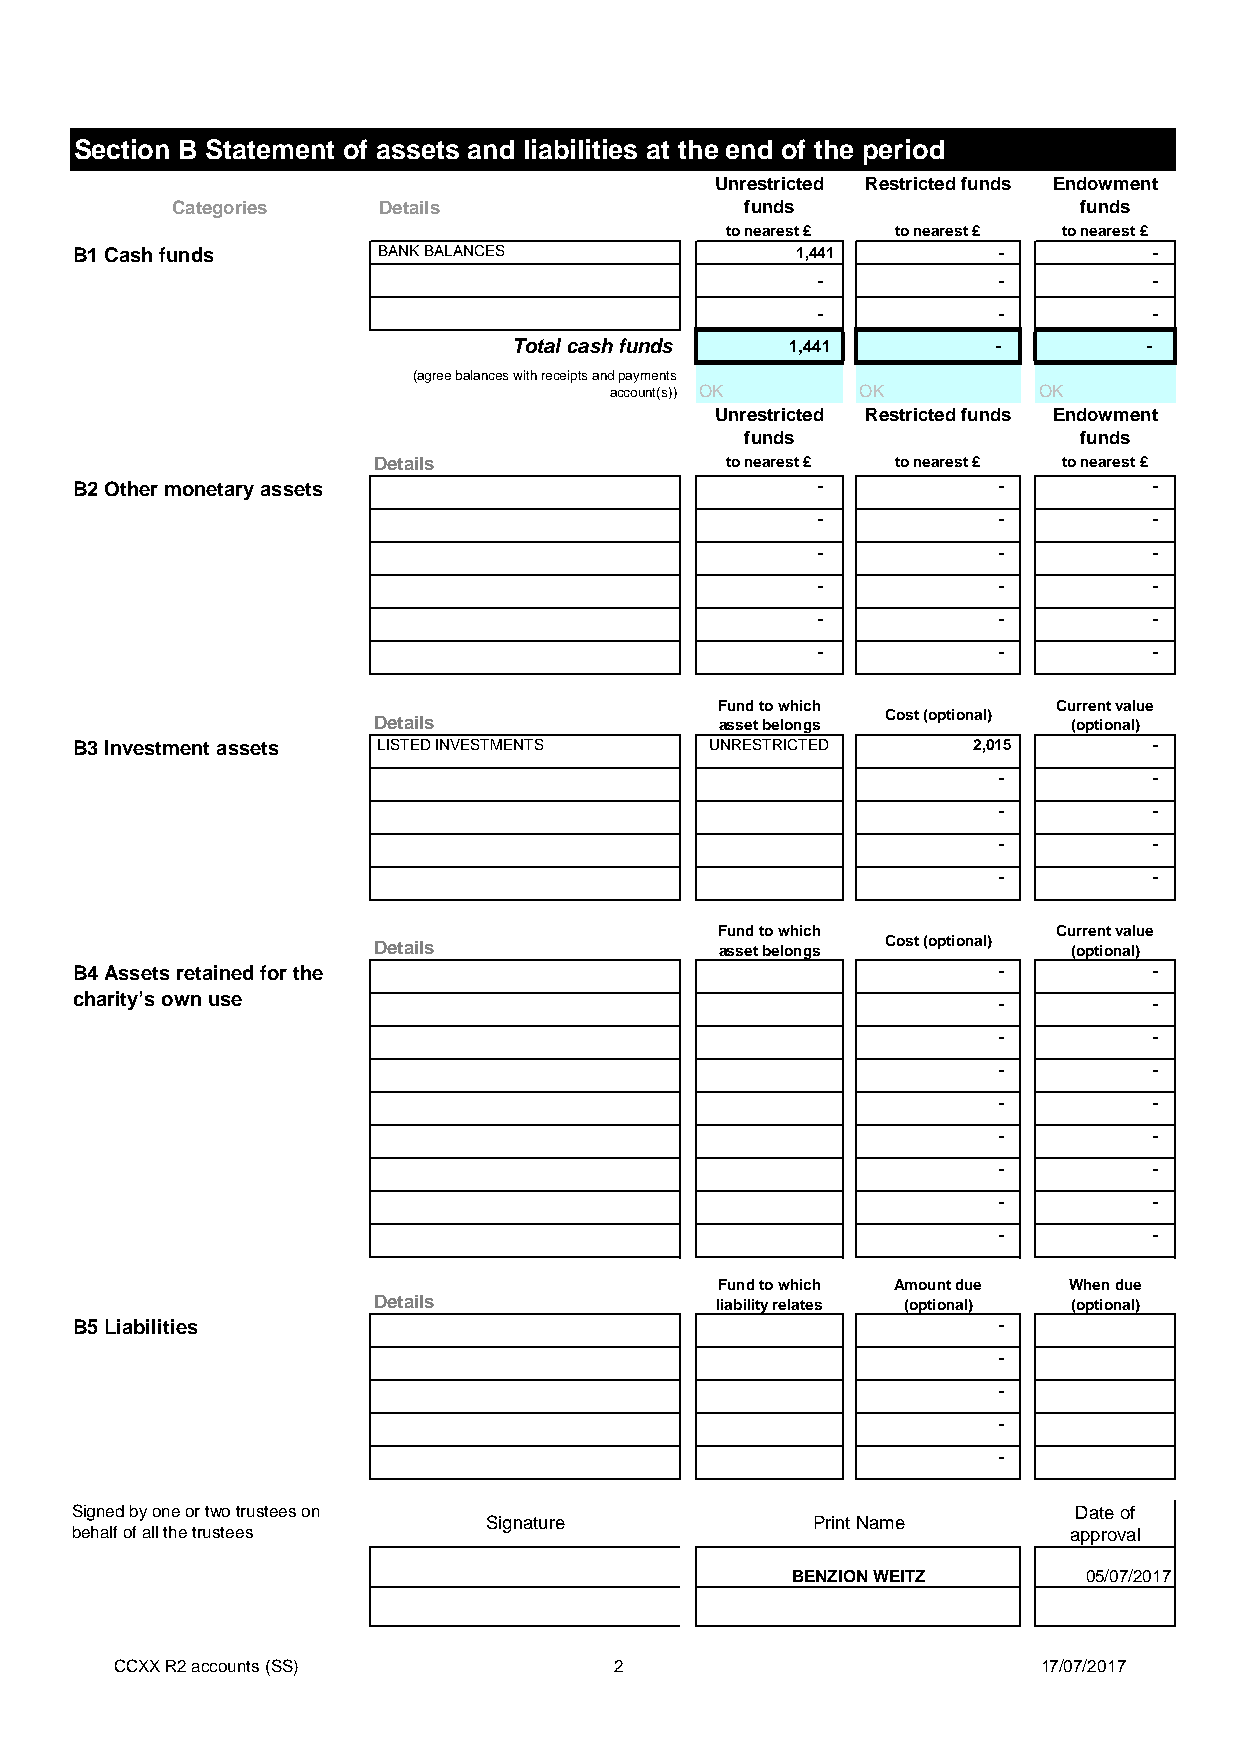
Section B Statement of assets and liabilities at the end of the period
 Unrestricted Restricted funds Endowment
 Categories    Details                 funds                 funds
 to nearest £ to nearest £ to nearest £
 B1 Cash funds       BANK BALANCES               1,441        -         -
 -           -         -
 -           -         -
 Total cash funds  1,441         -         -
 (agree balances with receipts and payments
 account(s)) OK   OK          OK
 Unrestricted Restricted funds Endowment
 funds                 funds
 Details                to nearest £ to nearest £ to nearest £
 B2 Other monetary assets                         -           -         -
 -           -         -
 -           -         -
 -           -         -
 -           -         -
 -           -         -
 Fund to which         Current value
 Details                asset belongs Cost (optional) (optional)
 B3 Investment assets LISTED INVESTMENTS   UNRESTRICTED     2,015       -
 -         -
 -         -
 -         -
 -         -
 Fund to which         Current value
 Details                asset belongs Cost (optional) (optional)
 B4 Assets retained for the                                   -         -
 charity’s own use                                            -         -
 -         -
 -         -
 -         -
 -         -
 -         -
 -         -
 -         -
 Fund to which Amount due When due
 Details               liability relates (optional) (optional)
 B5 Liabilities                                               -
 -
 -
 -
 -
 Signed by one or two trustees on                                  Date of
 Signature             Print Name
 behalf of all the trustees                                        approval
 BENZION WEITZ       05/07/2017
 CCXX R2 accounts (SS)            2                           17/07/2017